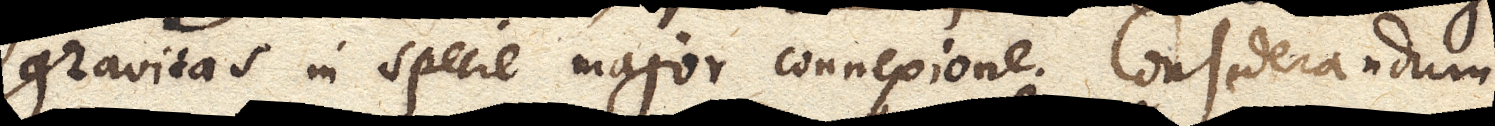
gravitas in specie major connexione. Considerandum